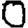
Digit: 0